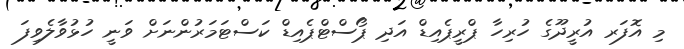
މި އޮފަރ އުރީދޫގެ ހުރިހާ ޕްރީޕެއިޑް އަދި ޕޯސްޓްޕެއިޑް ކަސްޓަމަރުންނަށް ވަނީ ހުޅުވާލެވިފަ